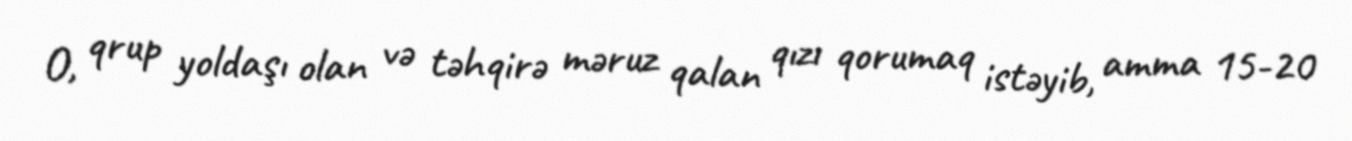
O, qrup yoldaşı olan və təhqirə məruz qalan qızı qorumaq istəyib, amma 15-20